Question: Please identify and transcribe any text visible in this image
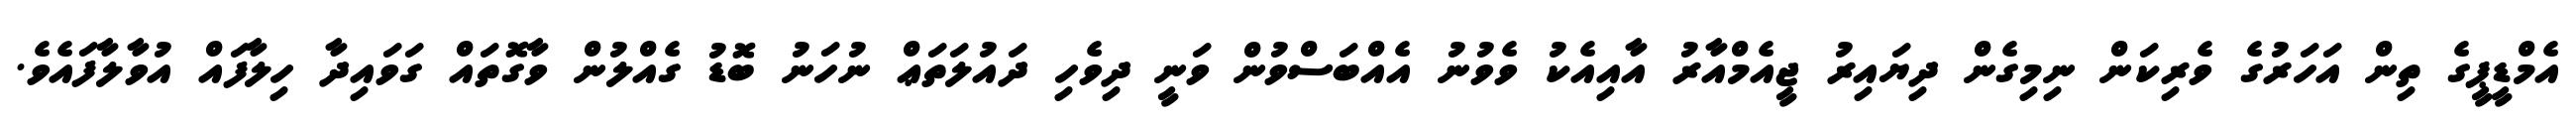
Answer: އެމްޑީޕީގެ ތިން އަހަރުގެ ވެރިކަން ނިމިގެން ދިޔައިރު ޖީއެމްއާރު އާއިއެކު ވެވުނު އެއްބަސްވުން ވަނީ ދިވެހި ދައުލަތަޢް ނުހަނު ބޮޑު ގެއްލުން ވާގޮތައް ގަވައިދާ ހިލާފައް އުވާލާފައެވެ.